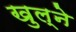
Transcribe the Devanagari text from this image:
खुल्ने